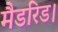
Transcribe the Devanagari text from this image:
मैडरिड।